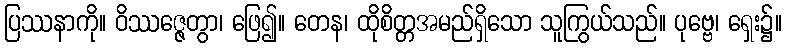
ပြဿနာကို။ ဝိဿဇ္ဇေတွာ၊ ဖြေ၍။ တေန၊ ထိုစိတ္တအမည်ရှိသော သူကြွယ်သည်။ ပုဗ္ဗေ၊ ရှေး၌။